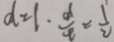
d = 1 . \frac { d } { t } = \frac { 1 } { 2 }